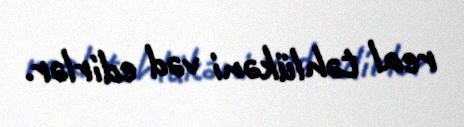
real təhlükəni vəd edirlər.